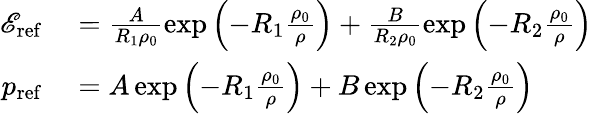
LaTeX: \begin{array}{rl}{\mathscr{E}_{\mathrm{ref}}}&{{}=\frac{A}{R_{1}\rho_{0}}\exp\left({-R_{1}\frac{\rho_{0}}{\rho}}\right)+\frac{B}{R_{2}\rho_{0}}\exp\left({-R_{2}\frac{\rho_{0}}{\rho}}\right)}\\ {p_{\mathrm{ref}}}&{{}=A\exp\left({-R_{1}\frac{\rho_{0}}{\rho}}\right)+B\exp\left({-R_{2}\frac{\rho_{0}}{\rho}}\right)}\end{array}